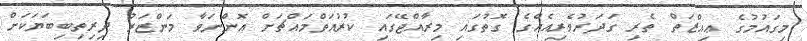
މިގައުމުގެ ޢިއްޒަތް ތެރި ގަދަރުވެރިއެއްގެ ގޮތުގައި މިރާއްޖޭގައި ކުރުއަތްމައްޗަށް އޮންނަވާ މަންޒަރު ދިރިތިބިބަޔަކަށް